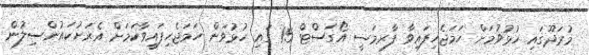
މުރަދޫގައި ހުޅުވުމަށް ހަމަޖެހިފައިވާ ފާރމަސީ އޯގަސްޓް 15 ގައި ހުޅުވަން ހަމަޖެހިފައިވާކަމަށް އެރަށުކައުންސިލުން